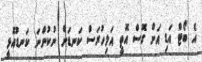
އެ ބޯޓް އަޑި އަށް ގޮސް އޮތީ އަލިހުރަސް ކަނޑަށް ނުކުންނަ ކަނޑުއޮޅީ